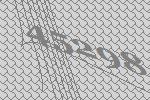
45298